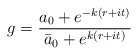
\begin{align*}g = {{a_0 +e^{-k(r+it)}}\over{\bar a_0 + e^{k(r+it)}}}\end{align*}